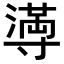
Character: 𫴴